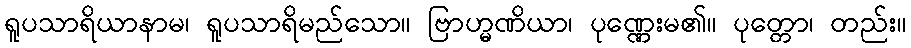
ရူပသာရိယာနာမ၊ ရူပသာရိမည်သော။ ဗြာဟ္မဏိယာ၊ ပုဏ္ဏေးမ၏။ ပုတ္တော၊ တည်း။